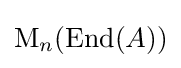
\mathrm {M} _{n}(\operatorname {End} (A))